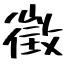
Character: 徵